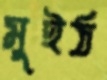
মুইঠ